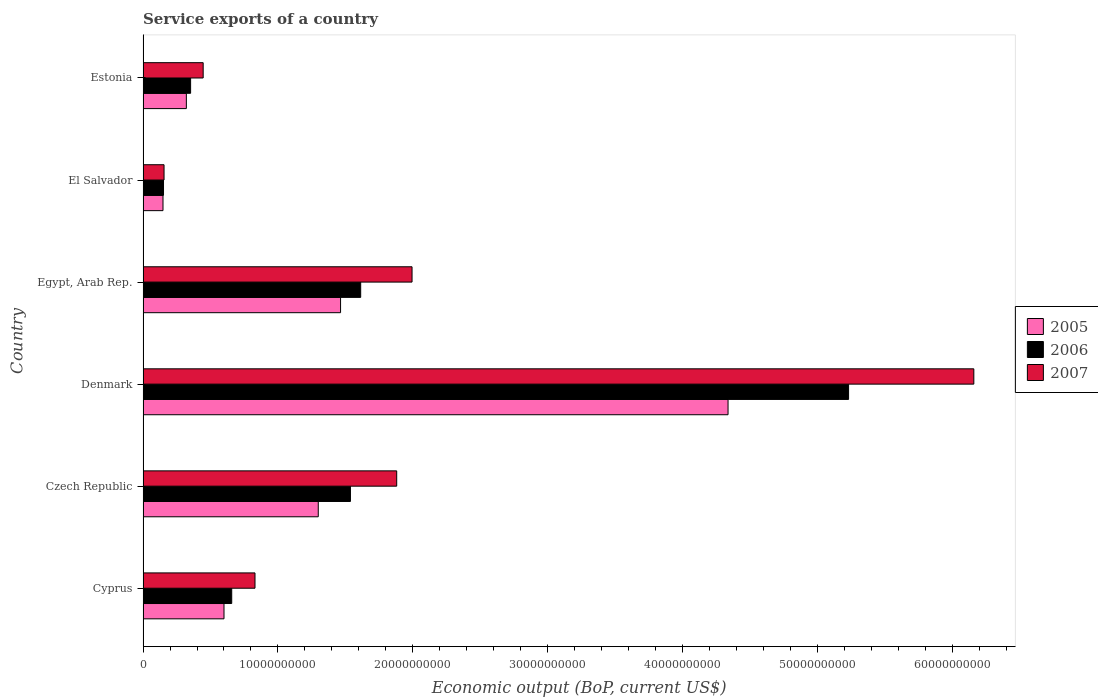
| Country | 2005 | 2006 | 2007 |
 | --- | --- | --- | --- |
 | Cyprus | 6e+09 | 6.57e+09 | 8.3e+09 |
 | Czech Republic | 1.3e+10 | 1.54e+10 | 1.88e+10 |
 | Denmark | 4.34e+10 | 5.23e+10 | 6.16e+10 |
 | Egypt, Arab Rep. | 1.46e+10 | 1.61e+10 | 1.99e+10 |
 | El Salvador | 1.48e+09 | 1.52e+09 | 1.56e+09 |
 | Estonia | 3.21e+09 | 3.52e+09 | 4.46e+09 |